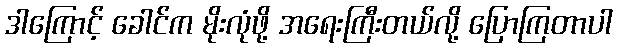
ဒါကြောင့် ခေါင်က မိုးလုံဖို့ အရေးကြီးတယ်လို့ ပြောကြတာပါ